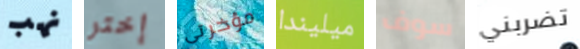
نهب إختر مؤخرتى ميليندا سوف تضربني